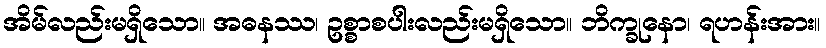
အိမ်လည်းမရှိသော။ အဓနဿ၊ ဥစ္စာစပါးလည်းမရှိသော။ ဘိက္ခုနော၊ ရဟန်းအား။